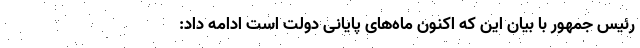
رئیس جمهور با بیان این که اکنون ماه‌های پایانی دولت است ادامه داد: